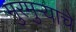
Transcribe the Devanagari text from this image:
मुरमुऱ्याचे